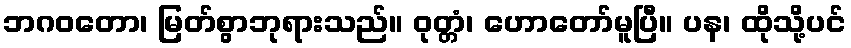
ဘဂဝတော၊ မြတ်စွာဘုရားသည်။ ဝုတ္တံ၊ ဟောတော်မူပြီ။ ပန၊ ထိုသို့ပင်